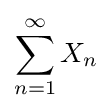
\sum _{n=1}^{\infty }X_{n}